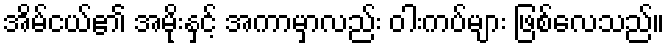
အိမ်ငယ်၏ အမိုးနှင့် အကာမှာလည်း ဝါးကပ်များ ဖြစ်လေသည်။